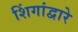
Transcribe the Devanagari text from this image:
शिंगांद्वारे